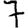
Digit: 7